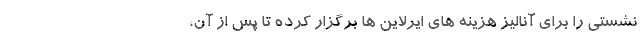
نشستی را برای آنالیز هزینه های ایرلاین ها برگزار کرده تا پس از آن،